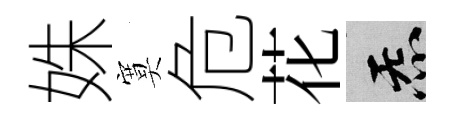
姝寞危花炁